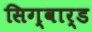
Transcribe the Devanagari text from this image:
सिग्वार्ड